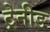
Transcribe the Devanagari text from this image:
ट्रेनीङ